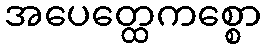
အပေတ္ထေကစ္စော